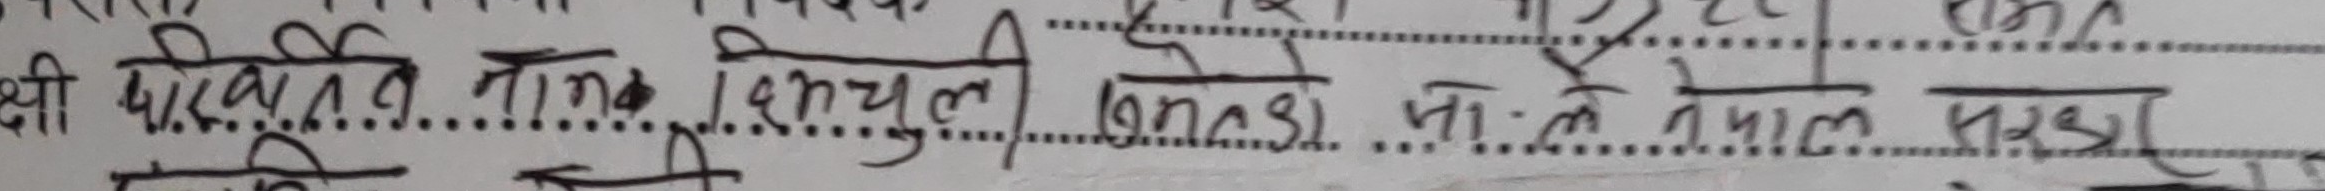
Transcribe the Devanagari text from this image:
क्षी पी.एल.एल.एल. भूम्चुली वडा नं.: नेपाल सरकार